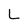
Character: L